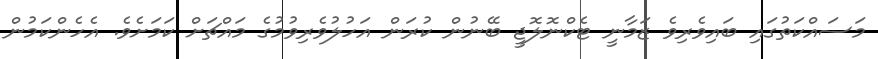
މަސައްކަތުގައި ބައިވެރިވެ ޒަމާނީ ޓެކްނޮލޮޖީ ބޭނުން ކުރަން އަހުލުވެރިވުމުގެ މައްޗަށް ކަމަށެވެ. އެހެންކަމުން